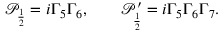
\mathcal { P } _ { \frac { 1 } { 2 } } = i \Gamma _ { 5 } \Gamma _ { 6 } , \qquad \mathcal { P } _ { \frac { 1 } { 2 } } ^ { \prime } = i \Gamma _ { 5 } \Gamma _ { 6 } \Gamma _ { 7 } .